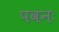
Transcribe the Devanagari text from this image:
पवनः